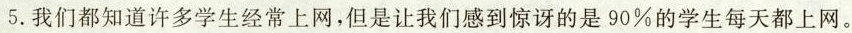
5.我们都知道许多学生经常上网,但是让我们感到惊讶的是90%的学生每天都上网。